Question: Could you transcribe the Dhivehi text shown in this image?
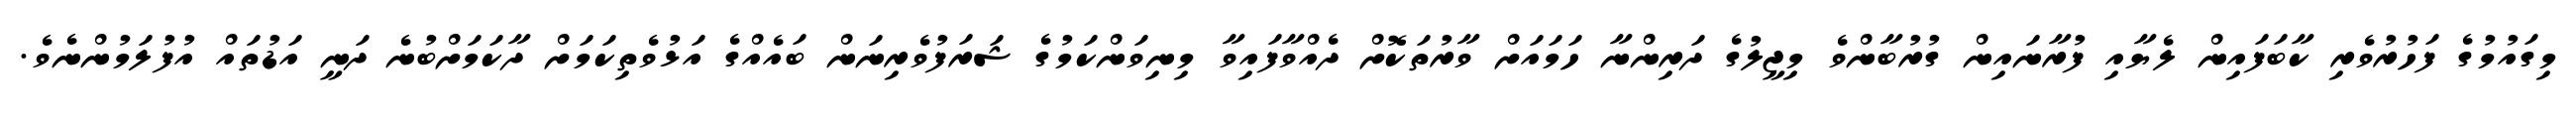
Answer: މިގައުމުގެ ފަހުރުވެރި ކާބަފައިން ލެޔާއި ފުރާނައިން ގުރުބާންވެ މިޖީލުގެ ދަރިންނާ ހަމައަށް ވާރުތަކޮށް ދެއްވާފައިވާ މިނިވަންކަމުގެ ޝަރަފުވެރިނަން ބައެއްގެ އަޅުވެތިކަމަށް ދާކަމަށްބުނެ ދަނީ އަޑުތައް އުފުލަމުންނެވެ.